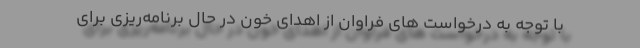
با توجه به درخواست های فراوان از اهدای خون در حال برنامه‌ریزی برای